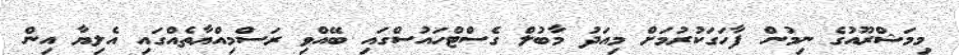
މިމަޝްރޫއުގެ ނިމުން ފާހަގަކުރުމަށް މިއަދު މާބުލް ގެސްޓްހައުސްގައި ބޭއްވި ރަސްމިއްޔާތެއްގައި އެލިޔާ އިން